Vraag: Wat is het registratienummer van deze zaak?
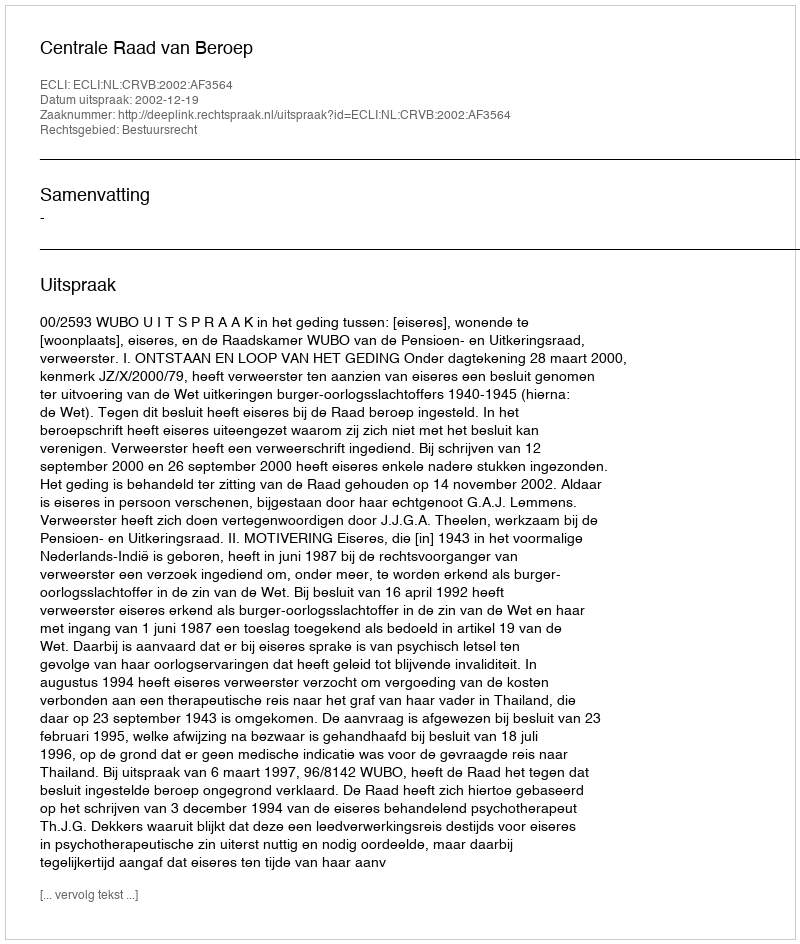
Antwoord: http://deeplink.rechtspraak.nl/uitspraak?id=ECLI:NL:CRVB:2002:AF3564